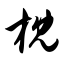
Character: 枕